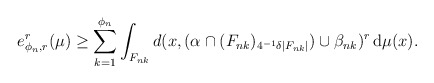
\begin{align*}e_{\phi_{n},r}^{r}(\mu)\geq\sum_{k=1}^{\phi_{n}}\int_{F_{nk}}d(x,(\alpha\cap(F_{nk})_{4^{-1}\delta|F_{nk}|})\cup\beta_{nk})^{r}\,\mathrm{d}\mu(x).\end{align*}